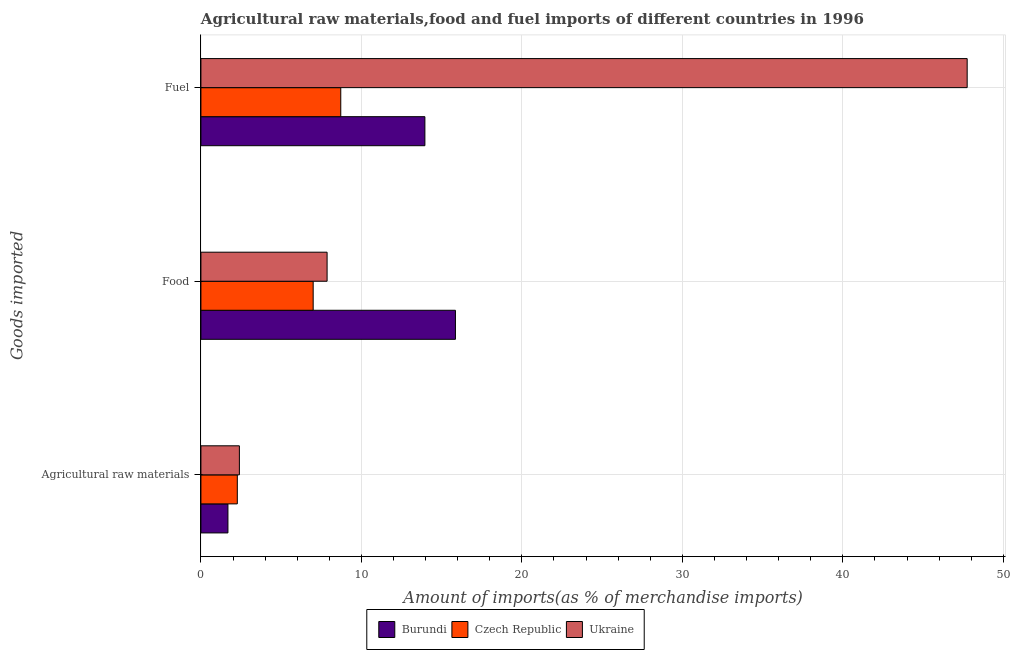
| Goods imported | Burundi | Czech Republic | Ukraine |
 | --- | --- | --- | --- |
 | Agricultural raw materials | 1.68 | 2.27 | 2.4 |
 | Food | 15.9 | 6.99 | 7.86 |
 | Fuel | 14 | 8.71 | 47.7 |